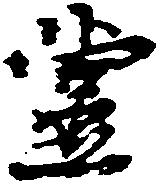
堂